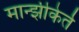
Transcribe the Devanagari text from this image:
मान्झीकेर्त